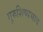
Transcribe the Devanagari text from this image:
गुरुशिष्यभाव